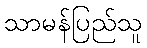
သာမန်ပြည်သူ